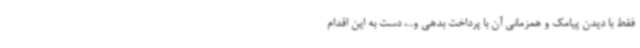
فقط با دیدن پیامک و همزمانی آن با پرداخت بدهی و...، دست به این اقدام